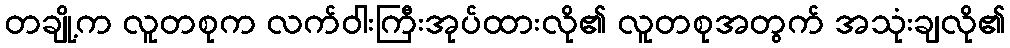
တချို့က လူတစုက လက်ဝါးကြီးအုပ်ထားလို၏ လူတစုအတွက် အသုံးချလို၏